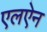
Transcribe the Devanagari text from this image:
एलऐन